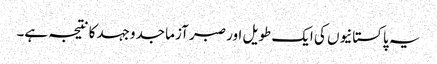
یہ پاکستانیوں کی ایک طویل اور صبر آزما جدوجہد کا نتیجہ ہے۔